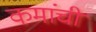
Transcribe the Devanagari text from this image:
कमांची